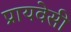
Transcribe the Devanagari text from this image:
प्रायवेसी